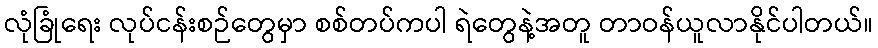
လုံခြုံရေး လုပ်ငန်းစဉ်တွေမှာ စစ်တပ်ကပါ ရဲတွေနဲ့အတူ တာဝန်ယူလာနိုင်ပါတယ်။